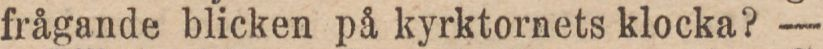
frågande blicken på kyrktornets klocka? —